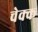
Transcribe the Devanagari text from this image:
चेक्क